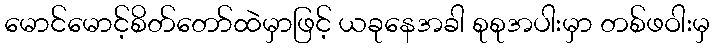
မောင်မောင့်စိတ်တော်ထဲမှာဖြင့် ယခုနေအခါ စုစုအပါးမှာ တစ်ဖဝါးမှ